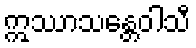
ဣဿာသန္တေဝါသီ